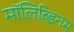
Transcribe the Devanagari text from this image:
मॉलिब्डिनम